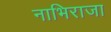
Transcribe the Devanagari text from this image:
नाभिराजा